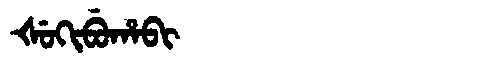
Manchu: ᡧᡠᡴᡳᠪᡠᡥᠠᠪᡳ
Romanization: ŠUKIBUHABI